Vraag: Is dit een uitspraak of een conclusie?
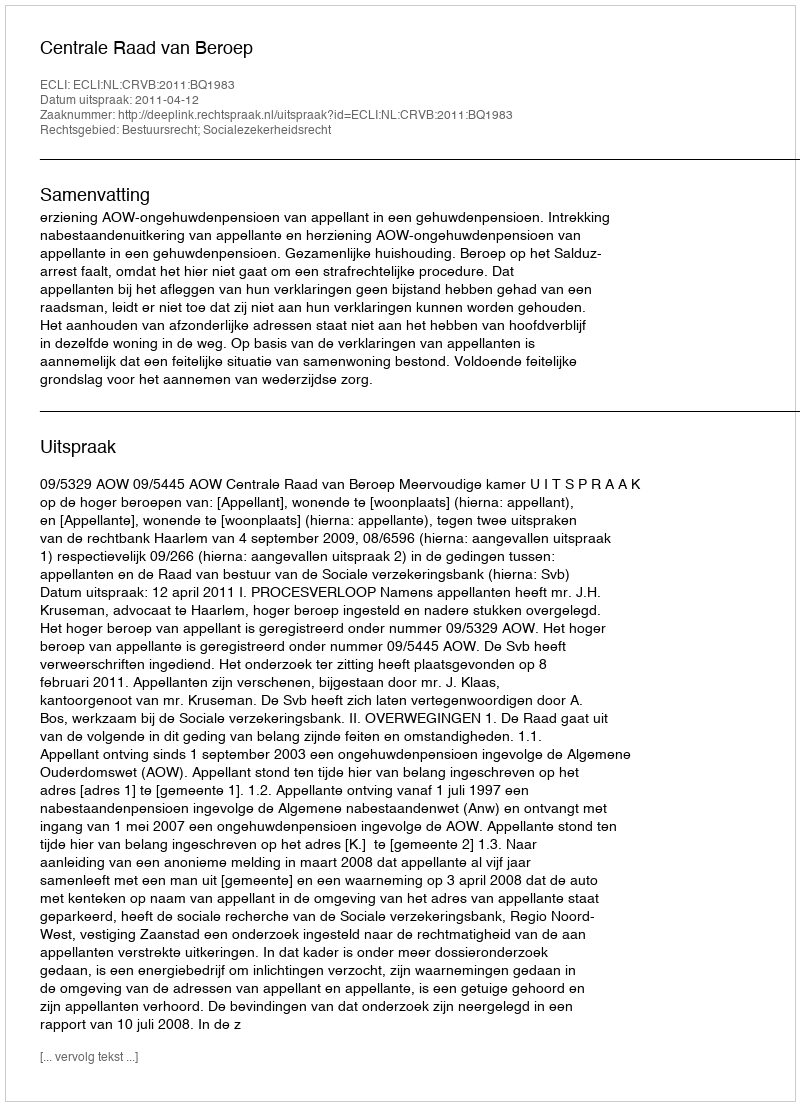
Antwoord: Uitspraak